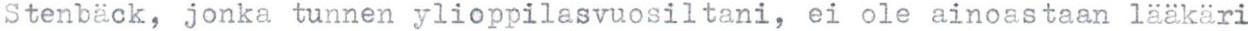
Stenbäck, jonka tunnen ylioppilasvuosiltani, ei ole ainoastaan lääkäri